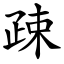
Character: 疎